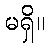
မရှိ။